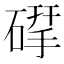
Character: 𮀶